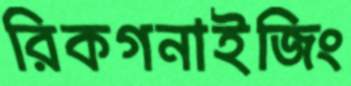
রিকগনাইজিং